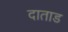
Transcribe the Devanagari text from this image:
दाताड